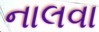
નાલવા